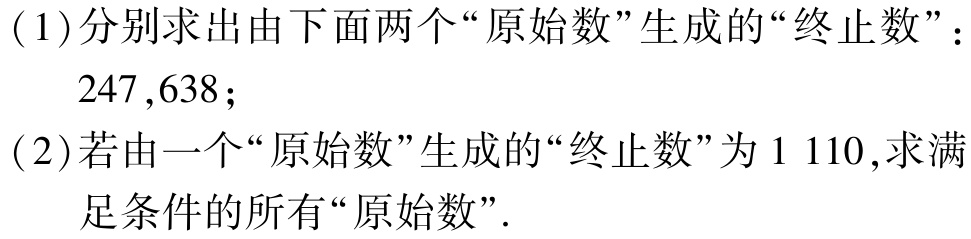
(1)分别求出由下面两个“原始数”生成的“终止数”：
   - \(247,638\)；
(2)若由一个“原始数”生成的“终止数”为\(1\ 110\),求满足条件的所有“原始数”.